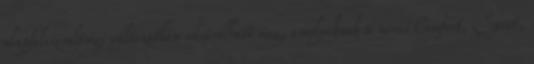
alapfelszereltségi változatban vásárolható meg, amelyeknek a nevei Comfort, Sport,